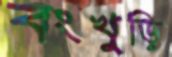
বংখুড়ি